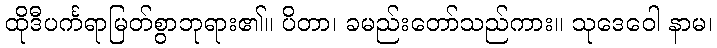
ထိုဒီပင်္ကရာမြတ်စွာဘုရား၏။ ပိတာ၊ ခမည်းတော်သည်ကား။ သုဒေဝေါ နာမ၊